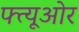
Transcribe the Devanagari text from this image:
फ्त्यूओर